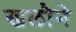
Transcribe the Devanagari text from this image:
खलौने